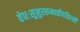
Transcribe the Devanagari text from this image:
वेधःसूनुररुन्धतीपतिरसौ